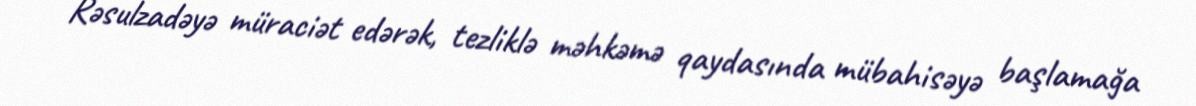
Rəsulzadəyə müraciət edərək, tezliklə məhkəmə qaydasında mübahisəyə başlamağa